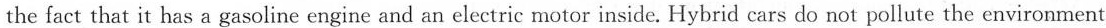
the fact that it has a gasoline engine and an electric motor inside. Hybrid cars do not pollute the environment